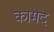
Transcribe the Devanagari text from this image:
कामद